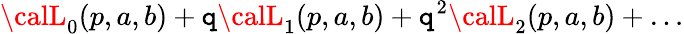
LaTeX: {\calL}_{0}(p,a,b)+\mathtt{q}{\calL}_{1}(p,a,b)+\mathtt{q}^{2}{\calL}_{2}(p,a,b)+\dots